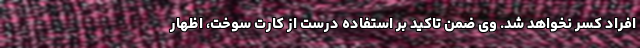
افراد کسر نخواهد شد. وی ضمن تاکید بر استفاده درست از کارت سوخت، اظهار